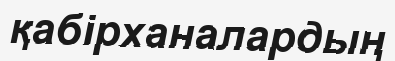
қабірханалардың